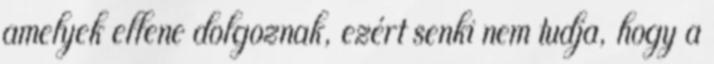
amelyek ellene dolgoznak, ezért senki nem tudja, hogy a